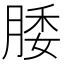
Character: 腇